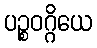
ပဉ္စဝဂ္ဂိယေ